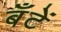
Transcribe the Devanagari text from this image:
बँटें